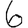
Digit: 6